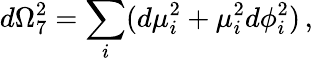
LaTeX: d\Omega_{7}^{2}=\sum_{i}(d\mu_{i}^{2}+\mu_{i}^{2}d\phi_{i}^{2})\, ,